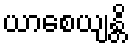
ယာစေယျန္တိ